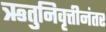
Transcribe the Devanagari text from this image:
ऋतुनिवृत्तीनंतर